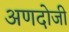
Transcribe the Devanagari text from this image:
अणदोजी